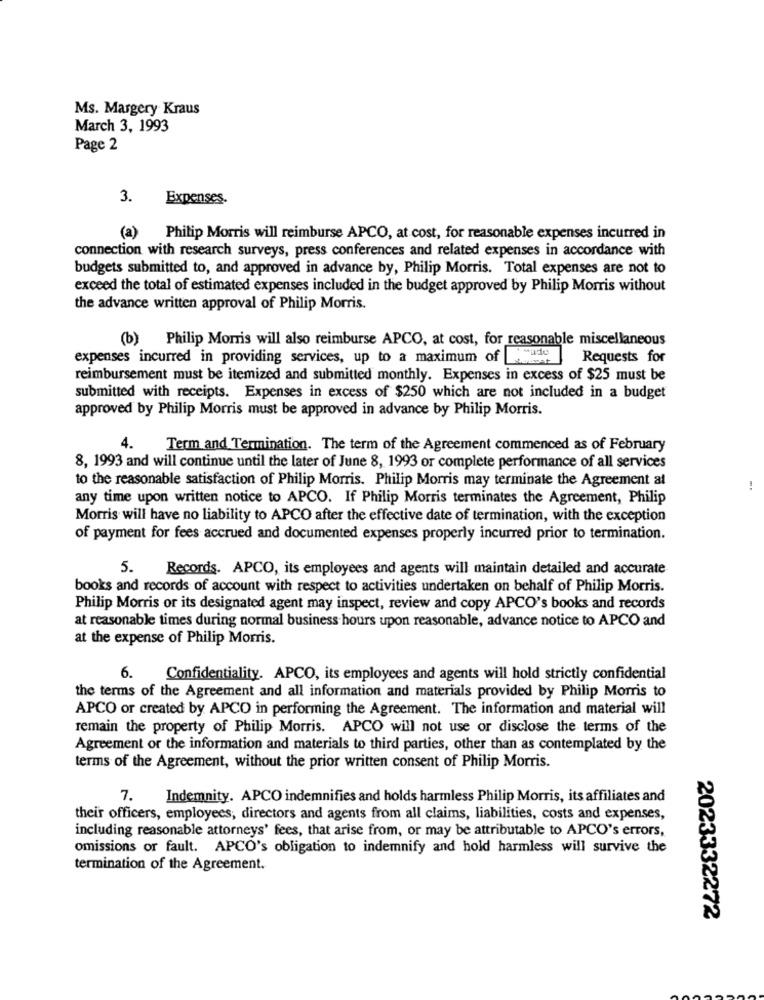
Ms. Margery Kraus
March 3, 1993
Page 2
3.
Expenses.
(a) Philip Morris will reimburse APCO, at cost, for reasonable expenses incurred in
connection with research surveys, press conferences and related expenses in accordance with
budgets submitted to, and approved in advance by, Philip Morris. Total expenses are not to
exceed the total of estimated expenses included in the budget approved by Philip Morris without
the advance written approval of Philip Morris.
(b) Philip Morris will also reimburse APCO, at cost, for reasonable miscellaneous
expenses incurred in providing services, up to a maximum of
format
Requests for
reimbursement must be itemized and submitted monthly. Expenses in excess of $25 must be
submitted with receipts. Expenses in excess of $250 which are not included in a budget
approved by Philip Morris must be approved in advance by Philip Morris.
4.
Term and Termination. The term of the Agreement commenced as of February
8, 1993 and will continue until the later of June 8, 1993 or complete performance of all services
to the reasonable satisfaction of Philip Morris. Philip Morris may terminate the Agreement at
any time upon written notice to APCO. If Philip Morris terminates the Agreement, Philip
Morris will have no liability to APCO after the effective date of termination, with the exception
of payment for fees accrued and documented expenses properly incurred prior to termination.
5.
Records. APCO, its employees and agents will maintain detailed and accurate
books and records of account with respect to activities undertaken on behalf of Philip Morris.
Philip Morris or its designated agent may inspect, review and copy APCO's books and records
at reasonable times during normal business hours upon reasonable, advance notice to APCO and
at the expense of Philip Morris.
6.
Confidentiality. APCO, its employees and agents will hold strictly confidential
the terms of the Agreement and all information and materials provided by Philip Morris to
APCO or created by APCO in performing the Agreement. The information and material will
remain the property of Philip Morris. APCO will not use or disclose the terms of the
Agreement or the information and materials to third parties, other than as contemplated by the
terms of the Agreement, without the prior written consent of Philip Morris.
7.
Indemnity. APCO indemnifies and holds harmless Philip Morris, its affiliates and
their officers, employees, directors and agents from all claims, liabilities, costs and expenses,
including reasonable attorneys' fees, that arise from, or may be attributable to APCO's errors,
omissions or fault. APCO's obligation to indemnify and hold harmless will survive the
termination of the Agreement.
2023332272